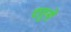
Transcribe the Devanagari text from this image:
दातुनों